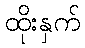
ထိုးနှက်